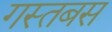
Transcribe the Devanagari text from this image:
गस्तबस